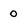
Character: 0